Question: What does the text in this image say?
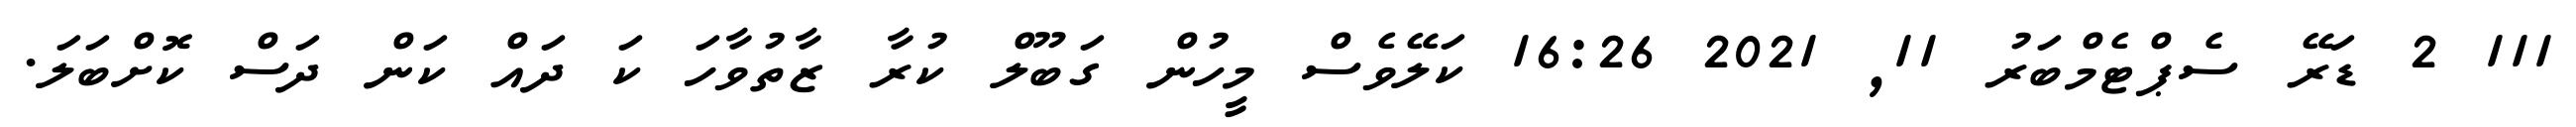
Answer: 111 2 ޑަރޭ ސެޕްޓެމްބަރު 11, 2021 16:26 ކަލޭވެސް މީހުން ގަބޫލް ކުރާ ޒާތުވާހަ ކަ ދައް ކަން ދަސް ކޮށްބަލަ.